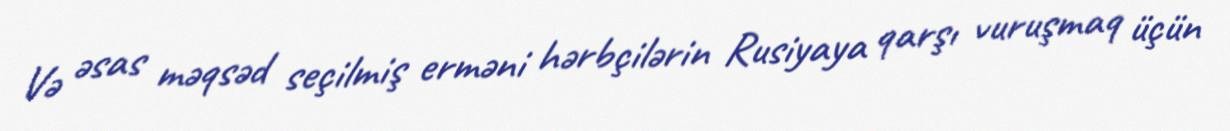
Və əsas məqsəd seçilmiş erməni hərbçilərin Rusiyaya qarşı vuruşmaq üçün